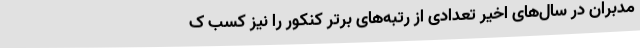
مدبران در سال‌های اخیر تعدادی از رتبه‌های برتر کنکور را نیز کسب ک